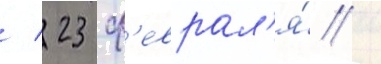
/ 23 ф'еврал'я́ /